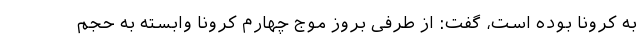
به کرونا بوده است،‌ گفت: از طرفی بروز موج چهارم کرونا وابسته به حجم